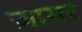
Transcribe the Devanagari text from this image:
ज़ामर